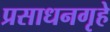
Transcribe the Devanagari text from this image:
प्रसाधनगृहे